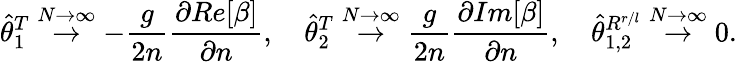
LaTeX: \widehat{\theta}_{1}^{T}\stackrel{N\rightarrow\infty}{\rightarrow}-\frac{g}{2n}\frac{\partial Re[\beta]}{\partial n},\ \ \ \ \widehat{\theta}_{2}^{T}\stackrel{N\rightarrow\infty}{\rightarrow}\frac{g}{2n}\frac{\partial Im[\beta]}{\partial n},\ \ \ \ \widehat{\theta}_{1,2}^{R^{r/l}}\stackrel{N\rightarrow\infty}{\rightarrow}0.